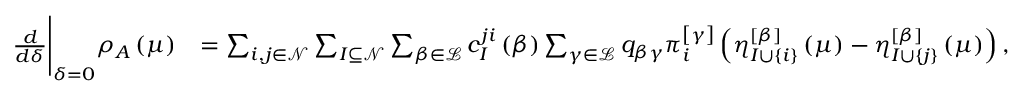
\begin{array} { r l } { \frac { d } { d \delta } \Bigg \vert _ { \delta = 0 } \rho _ { A } \left( \mu \right) } & { = \sum _ { i , j \in \mathcal { N } } \sum _ { I \subseteq \mathcal { N } } \sum _ { \beta \in \mathcal { L } } c _ { I } ^ { j i } \left( \beta \right) \sum _ { \gamma \in \mathcal { L } } q _ { \beta \gamma } \pi _ { i } ^ { \left[ \gamma \right] } \left( \eta _ { I \cup \left\{ i \right\} } ^ { \left[ \beta \right] } \left( \mu \right) - \eta _ { I \cup \left\{ j \right\} } ^ { \left[ \beta \right] } \left( \mu \right) \right) , } \end{array}